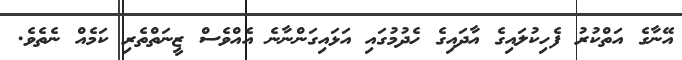
އޭނާގެ އަތްކުރު ފެހިކުލައިގެ އާދައިގެ ހެދުމުގައި އަޅައިގަންނާނެ އެއްވެސް ޒީނަތްތެރި ކަމެއް ނެތެވެ.